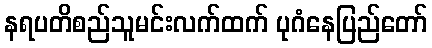
နရပတိစည်သူမင်းလက်ထက် ပုဂံနေပြည်တော်